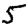
Digit: 5